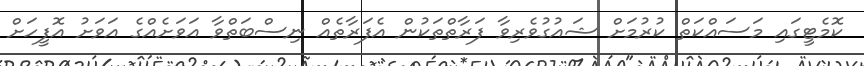
ކޮމެޓީގައި މަސައްކަތް ކުރުމަށް ޝައުގުވެރިވާ ފަރާތްތަކުން އެފަރާތެއް ނިސްބަތްވާ އަވަށެއްގެ އަވަށު އޮފީހަށް